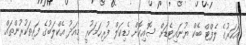
އަހަރުގެ ލެފްޓް ބެކް ޔުނައިޓެޑަށް ސޮއިކޮށް މެޑިކަލް ފުރިހަމަކުރީ މިއަދު އެކްލަބުގެ ފަރިތަކުރުންތައް